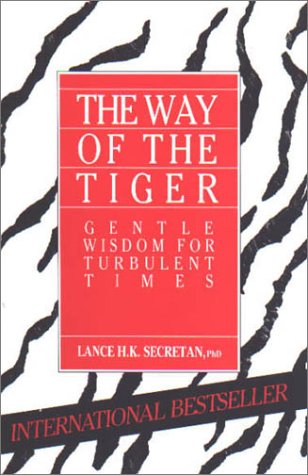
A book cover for The Way of the Tiger: Gentle Wisdom for Turbulent Times; Lance H.K. Secretan; Sports & Outdoors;